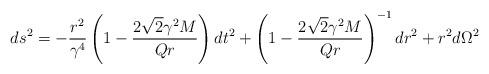
LaTeX: \begin{align*}ds^{2} = -\frac{r^{2}}{\gamma^{4}} \left ( 1 - \frac{2{\sqrt 2}\gamma^{2}M}{Qr}\right ) dt^{2} + \left ( 1 - \frac{2{\sqrt 2}\gamma^{2}M}{Qr}\right )^{-1} dr^{2} + r^{2}d\Omega^{2}\end{align*}